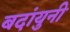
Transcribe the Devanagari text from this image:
बदांयुनी